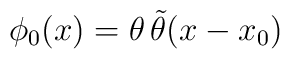
\phi_0 (x) = \theta\,\tilde\theta (x - x_0)